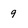
Character: 9